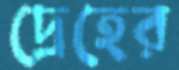
দ্রেহের